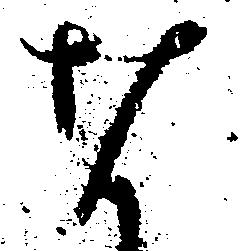
な